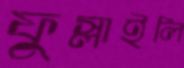
ফুস্‌লাইলি